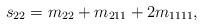
LaTeX: \begin{align*} s_{22} = m_{22} + m_{211} + 2m_{1111},\end{align*}